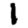
Digit: 1